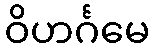
ဝိဟင်္ဂမေ